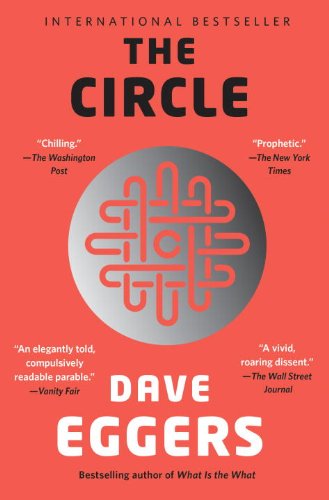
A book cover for The Circle; Dave Eggers; Mystery, Thriller & Suspense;